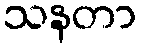
သနတာ